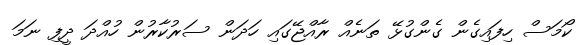
ކޯމަސް ހިފައިގެން ގެންގުޅޭ ތަނެއް ރާއްޖޭގައި ހަދަން ސަރުކާރުން ހުއްދަ ދީފި ނަމަ